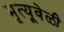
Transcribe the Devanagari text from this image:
मृत्यूवेळी